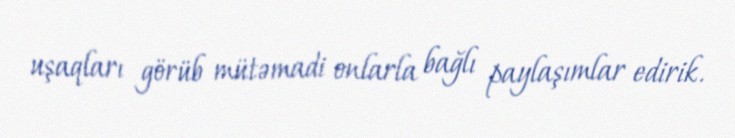
uşaqları görüb mütəmadi onlarla bağlı paylaşımlar edirik.